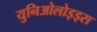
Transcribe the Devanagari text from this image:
युनिओलोइड्स